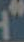
"